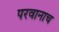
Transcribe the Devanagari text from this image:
परवानाच